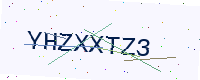
Text: YHZXXTZ3